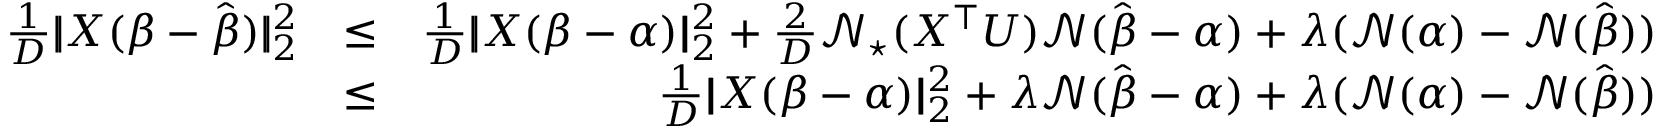
\begin{array} { r l r } { \frac 1 D | \! | X ( \boldsymbol { \beta } - \hat { \boldsymbol { \beta } } ) | \! | _ { 2 } ^ { 2 } } & { \leq } & { \frac 1 D | \! | X ( \boldsymbol { \beta } - \boldsymbol { \alpha } ) | \! | _ { 2 } ^ { 2 } + \frac 2 D \mathcal N _ { \star } ( X ^ { \top } \boldsymbol { U } ) \mathcal N ( \hat { \boldsymbol { \beta } } - \boldsymbol { \alpha } ) + \lambda ( \mathcal N ( { \boldsymbol { \alpha } } ) - \mathcal N ( \hat { \boldsymbol { \beta } } ) ) } \\ & { \leq } & { \frac 1 D | \! | X ( \boldsymbol { \beta } - \boldsymbol { \alpha } ) | \! | _ { 2 } ^ { 2 } + \lambda \mathcal N ( \hat { \boldsymbol { \beta } } - { \boldsymbol { \alpha } } ) + \lambda ( \mathcal N ( { \boldsymbol { \alpha } } ) - \mathcal N ( \hat { \boldsymbol { \beta } } ) ) } \end{array}